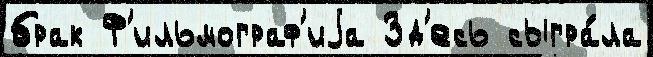
брак Ф'ильмограф'иjа Зд'есь сыгра́ла